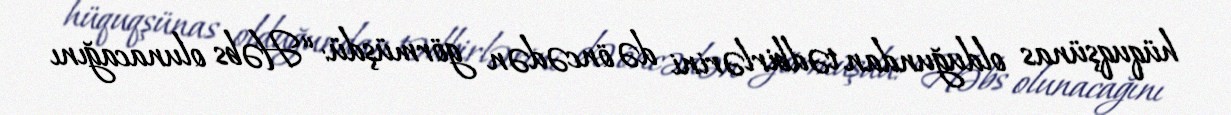
hüquqşünas olduğundan tədbirlərini də öncədən görmüşdü: “Həbs olunacağını